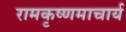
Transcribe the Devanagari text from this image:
रामकृष्णमाचार्य